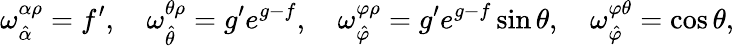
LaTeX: \omega_{\hat{\alpha}}^{\alpha\rho}=f^{\prime},\quad\omega_{\hat{\theta}}^{\theta\rho}=g^{\prime}e^{g-f},\quad\omega_{\hat{\varphi}}^{\varphi\rho}=g^{\prime}e^{g-f}\sin\theta,\quad\omega_{\hat{\varphi}}^{\varphi\theta}=\cos\theta,